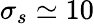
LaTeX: \sigma_{s}\simeq 10